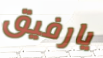
يارفيق